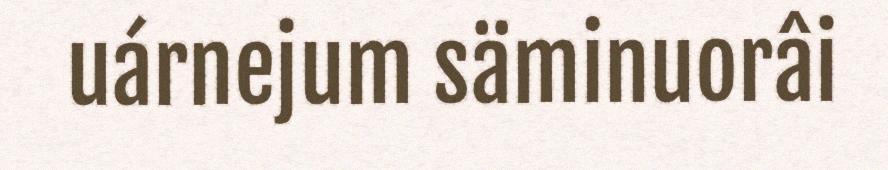
uárnejum säminuorâi